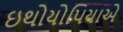
ઇથોયોપિયાએ